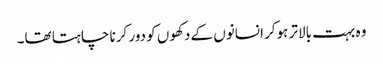
وہ بہت بالاتر ہوکر انسانوں کے دکھوں کو دور کرنا چاہتا تھا۔